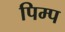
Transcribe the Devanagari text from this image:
पिम्प